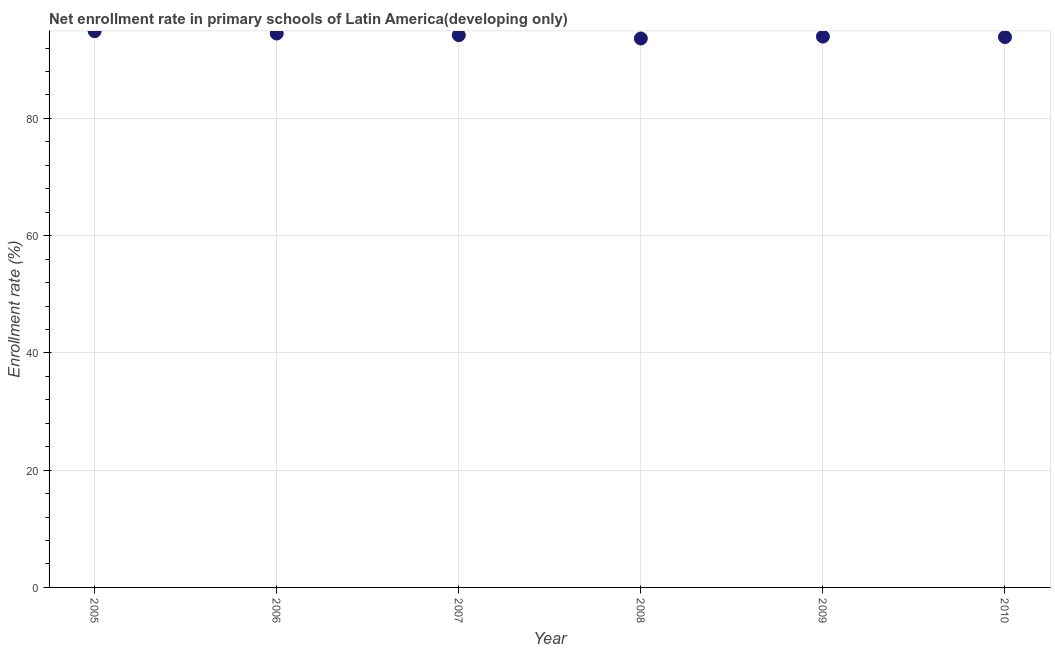
| Year | Adjusted net enrolment rate |
 | --- | --- |
 | 2005 | 94.9 |
 | 2006 | 94.5 |
 | 2007 | 94.2 |
 | 2008 | 93.6 |
 | 2009 | 94 |
 | 2010 | 93.9 |